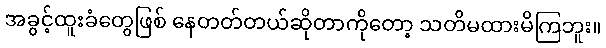
အခွင့်ထူးခံတွေဖြစ် နေတတ်တယ်ဆိုတာကိုတော့ သတိမထားမိကြဘူး။